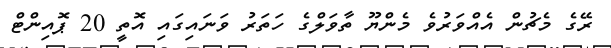
ރޭގެ މެޗުން އެއްވަރުވެ މެންޔޫ ތާވަލްގެ ހަތަރު ވަނައިގައި އޮތީ 20 ޕޮއިންޓް